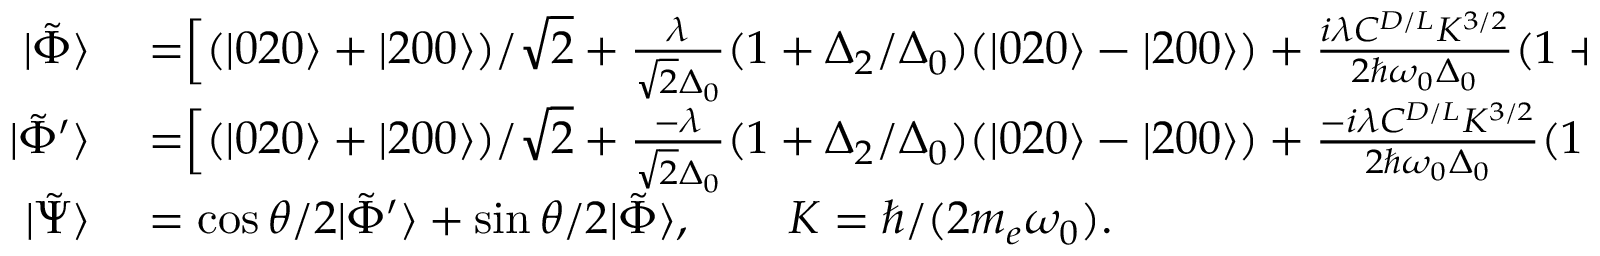
\begin{array} { r l } { | \tilde { \Phi } \rangle } & { { } = \Bigr [ ( | 0 2 0 \rangle + | 2 0 0 \rangle ) / \sqrt { 2 } + \frac { \lambda } { \sqrt { 2 } \Delta _ { 0 } } ( 1 + \Delta _ { 2 } / \Delta _ { 0 } ) ( | 0 2 0 \rangle - | 2 0 0 \rangle ) + \frac { i \lambda C ^ { D / L } K ^ { 3 / 2 } } { 2 \hbar \omega _ { 0 } \Delta _ { 0 } } ( 1 + \Delta _ { 2 } / \Delta _ { 0 } ) } \\ { | \tilde { \Phi } ^ { \prime } \rangle } & { { } = \Bigr [ ( | 0 2 0 \rangle + | 2 0 0 \rangle ) / \sqrt { 2 } + \frac { - \lambda } { \sqrt { 2 } \Delta _ { 0 } } ( 1 + \Delta _ { 2 } / \Delta _ { 0 } ) ( | 0 2 0 \rangle - | 2 0 0 \rangle ) + \frac { - i \lambda C ^ { D / L } K ^ { 3 / 2 } } { 2 \hbar \omega _ { 0 } \Delta _ { 0 } } ( 1 + \Delta _ { 2 } / \Delta _ { 0 } ) } \\ { | \tilde { \Psi } \rangle } & { { } = \cos { \theta / 2 } | \tilde { \Phi } ^ { \prime } \rangle + \sin { \theta / 2 } | \tilde { \Phi } \rangle , \qquad K = \hbar / ( 2 m _ { e } \omega _ { 0 } ) . } \end{array}